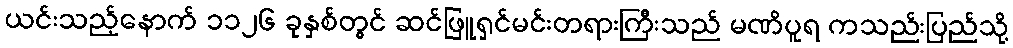
ယင်းသည့်နောက် ၁၁၂၆ ခုနှစ်တွင် ဆင်ဖြူရှင်မင်းတရားကြီးသည် မဏိပူရ ကသည်းပြည်သို့